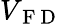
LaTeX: V_{\mathrm{~F~D~}}